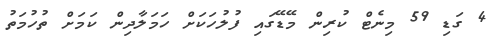
4 ގަޑި 59 މިނެޓް ކުރިން މޭޑޭގައި ފުލުހަކަށް ހަމަލާދިން ކަމަށް ތުހުމަތު